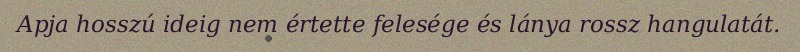
Apja hosszú ideig nem értette felesége és lánya rossz hangulatát.